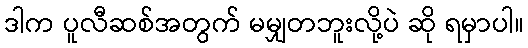
ဒါက ပူလီဆစ်အတွက် မမျှတဘူးလို့ပဲ ဆို ရမှာပါ။